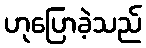
ဟုပြောခဲ့သည်